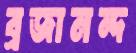
ব্রজানন্দ